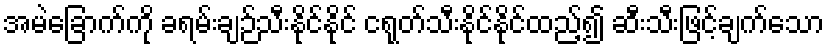
အမဲခြောက်ကို ခရမ်းချဉ်သီးနိုင်နိုင် ငရုတ်သီးနိုင်နိုင်ထည့်၍ ဆီးသီးဖြင့်ချက်သော